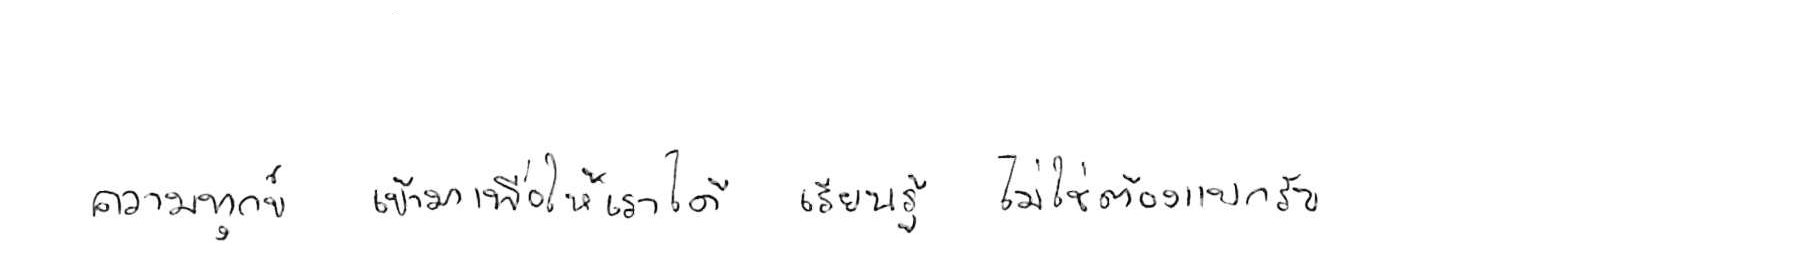
ความทุกข์ เข้ามาเพื่อให้เราได้ เรียนรู้ ไม่ใช่ต้อง แบกรับ